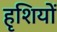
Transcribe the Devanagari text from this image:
हृशियों